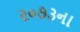
૨૦૭૩ના